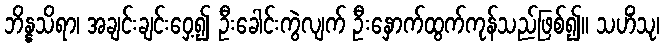
ဘိန္နသိရာ၊ အချင်းချင်းဝှေ့၍ ဦးခေါင်းကွဲလျက် ဦးနှောက်ထွက်ကုန်သည်ဖြစ်၍။ သဟိံသု၊